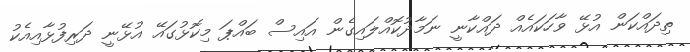
ތިދައްކަން އުޅޭ ވާހަކައެއް ދައްކާނީ ނަމާދުކޮއްލައިގެން އައިސް ބައްޕަ މިކޮޅުގައޭ އުޅޭނީ ދަރިފުޅާއިއެކު